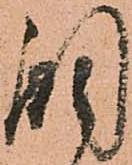
調